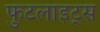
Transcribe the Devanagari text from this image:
फुटलाइट्स